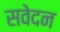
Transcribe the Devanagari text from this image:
सवेदन